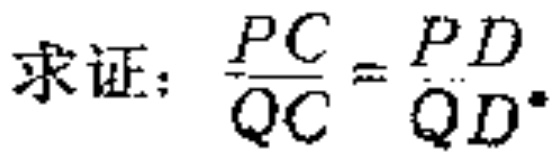
求证：\(\frac{PC}{QC}=\frac{PD}{QD}\)